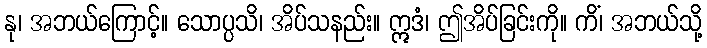
နု၊ အဘယ်ကြောင့်။ သောပ္ပသိ၊ အိပ်သနည်း။ ဣဒံ၊ ဤအိပ်ခြင်းကို။ ကိံ၊ အဘယ်သို့